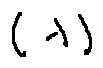
( \lambda )